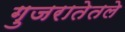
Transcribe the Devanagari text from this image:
गुजरातेतले